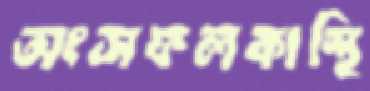
অংসফলকাস্থি